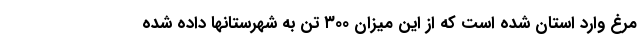
مرغ وارد استان شده است که از این میزان ۳۰۰ تُن به شهرستانها داده شده